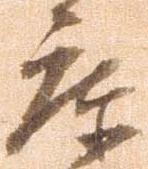
庫